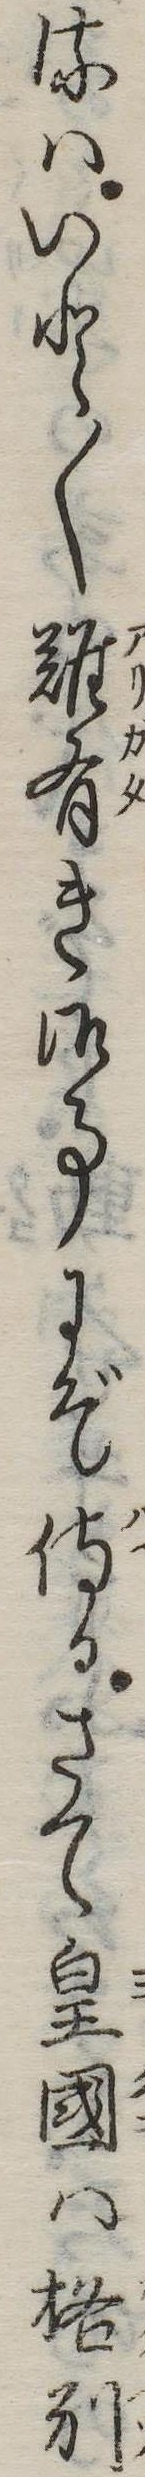
るはいと〱難有き御事にぞ侍るさて皇国は格別